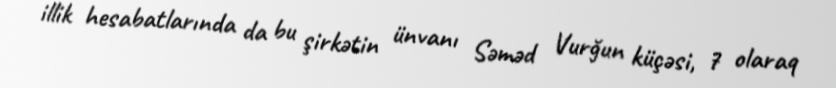
illik hesabatlarında da bu şirkətin ünvanı Səməd Vurğun küçəsi, 7 olaraq